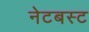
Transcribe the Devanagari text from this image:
नेटबस्ट